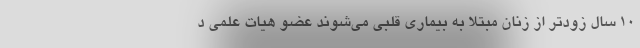
۱۰ سال زودتر از زنان مبتلا به بیماری قلبی می‌شوند عضو هیات علمی د